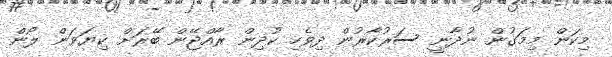
މިކަން މިމަގުން ނުދާނީ ސަރުކާރުން ދިވެހި ކުދިން ރާއްޖޭން ބޭރަށް ކިޔަވަން ލޯން